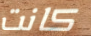
كانت